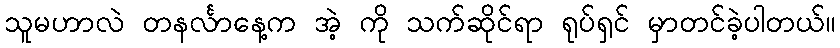
သူမဟာလဲ တနင်္လာနေ့က အဲ့ ကို သက်ဆိုင်ရာ ရုပ်ရှင် မှာတင်ခဲ့ပါတယ်။